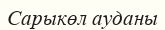
Сарыкөл ауданы